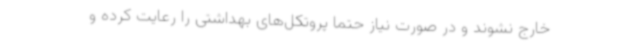
خارج نشوند و در صورت نیاز حتما پروتکل‌های بهداشتی را رعایت کرده و